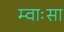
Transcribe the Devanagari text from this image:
म्वाःसा